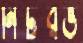
নিটরভ